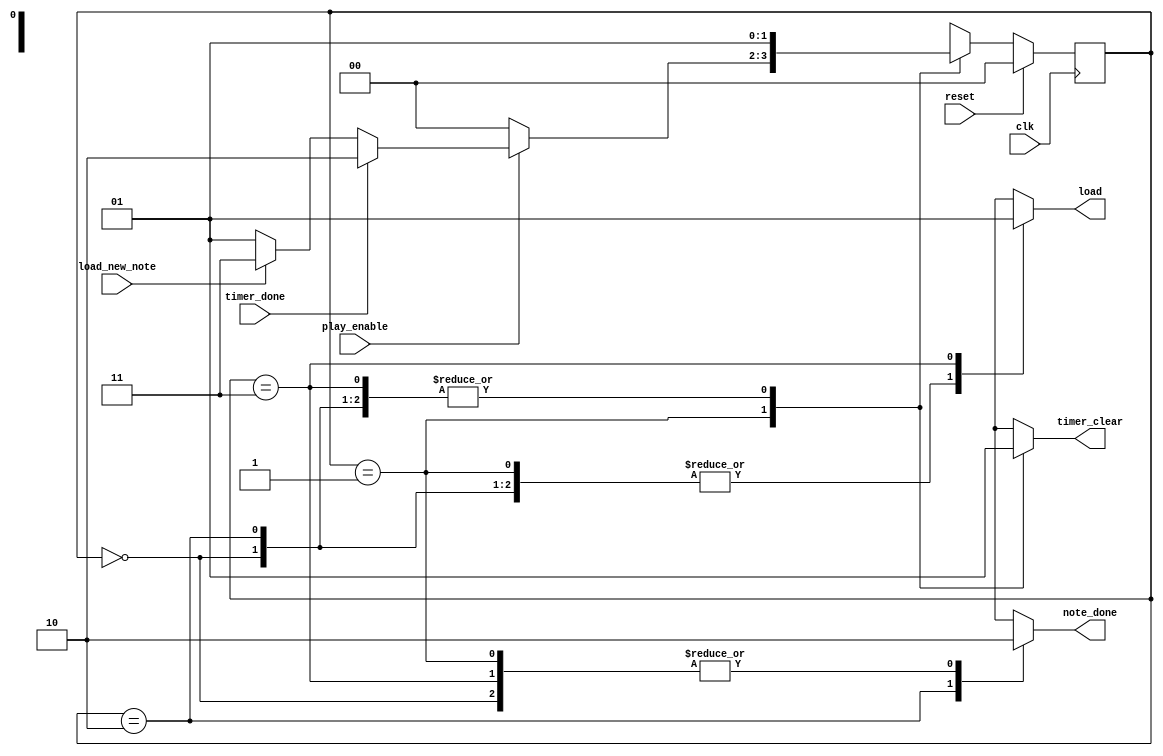
module control_player(
    clk,
    reset,
    play_enable,
    load_new_note,
    load,
    note_done,
    timer_clear,
    timer_done
);
    input clk;
    input reset;
    input play_enable;
    input load_new_note;
    input timer_done;
    output reg load;
    output reg note_done;
    output reg timer_clear;

    parameter RESET = 0;        //
    parameter PLAY = 1;         //
    parameter DONE = 2;         //
    parameter LOAD = 3;         //
    reg [1:0] state, nextstate;

    always @(posedge clk) begin
        if(reset) state = RESET;
        else state = nextstate;
    end

    always @(*) begin
        timer_clear = 1;
        load = 0;
        note_done = 0;
        case (state)
            RESET:begin
                nextstate = PLAY;
            end
            PLAY:begin
                if(~play_enable) nextstate = RESET;
                else if(timer_done) nextstate = DONE;
                else if(load_new_note) nextstate = LOAD;
                else nextstate = PLAY; 
                timer_clear = 0;
            end
            DONE:begin
                nextstate = PLAY;
                note_done = 1;
            end
            LOAD:begin
                nextstate = PLAY;
                load = 1;
            end
        endcase
    end
endmodule